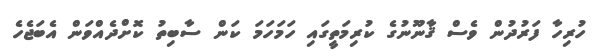
ހުރިހާ ފަރުދުން ވެސް ޤާނޫނުގެ ކުރިމަތީގައި ހަމަހަމަ ކަން ސާބިތު ކޮށްދެއްވަން އެބަޖެހެ